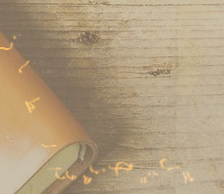
محل بيع الزهور الطازجة: ا